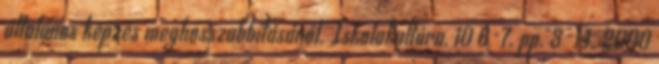
általános képzés meghosszabbításáról. Iskolakultúra, 10 6-7. pp. 3-14. 2000